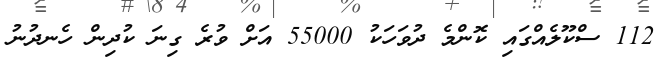
112 ސްކޫލެއްގައި ކޮންމެ ދުވަހަކު 55000 އަށް ވުރެ ގިނަ ކުދިން ހެނދުނު